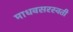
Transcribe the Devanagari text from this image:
माधवसरस्वती